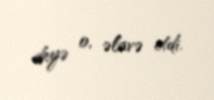
deyə o, əlavə etdi.